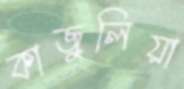
কাজুলিয়া